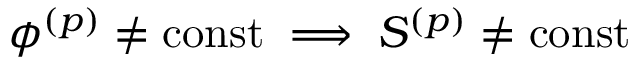
\phi ^ { ( p ) } \neq \mathrm { { c o n s t } } \implies S ^ { ( p ) } \neq \mathrm { { c o n s t } }